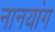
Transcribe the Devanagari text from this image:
नानयांग